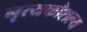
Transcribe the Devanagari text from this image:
नृत्यकौशल्य